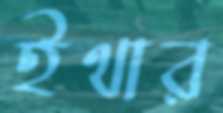
ইথার